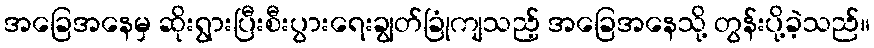
အခြေအနေမှ ဆိုးရွားပြီးစီးပွားရေးချွတ်ခြုံကျသည့် အခြေအနေသို့ တွန်းပို့ခဲ့သည်။